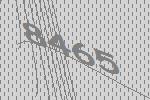
8465